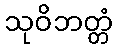
သုဝိဘတ္တံ